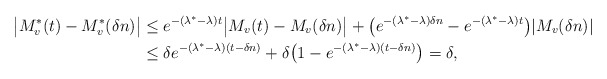
\begin{align*}\big|M^*_v(t)-M^*_v(\delta n)\big|&\le e^{-(\lambda^*-\lambda)t}\big|M_v(t)-M_v(\delta n)\big|+\big(e^{-(\lambda^*-\lambda)\delta n}-e^{-(\lambda^*-\lambda)t}\big)|M_v(\delta n)|\\&\le\delta e^{-(\lambda^*-\lambda)(t-\delta n)}+\delta\big(1-e^{-(\lambda^*-\lambda)(t-\delta n)}\big)=\delta,\end{align*}